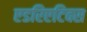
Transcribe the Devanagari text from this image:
एडरिएटिक्स